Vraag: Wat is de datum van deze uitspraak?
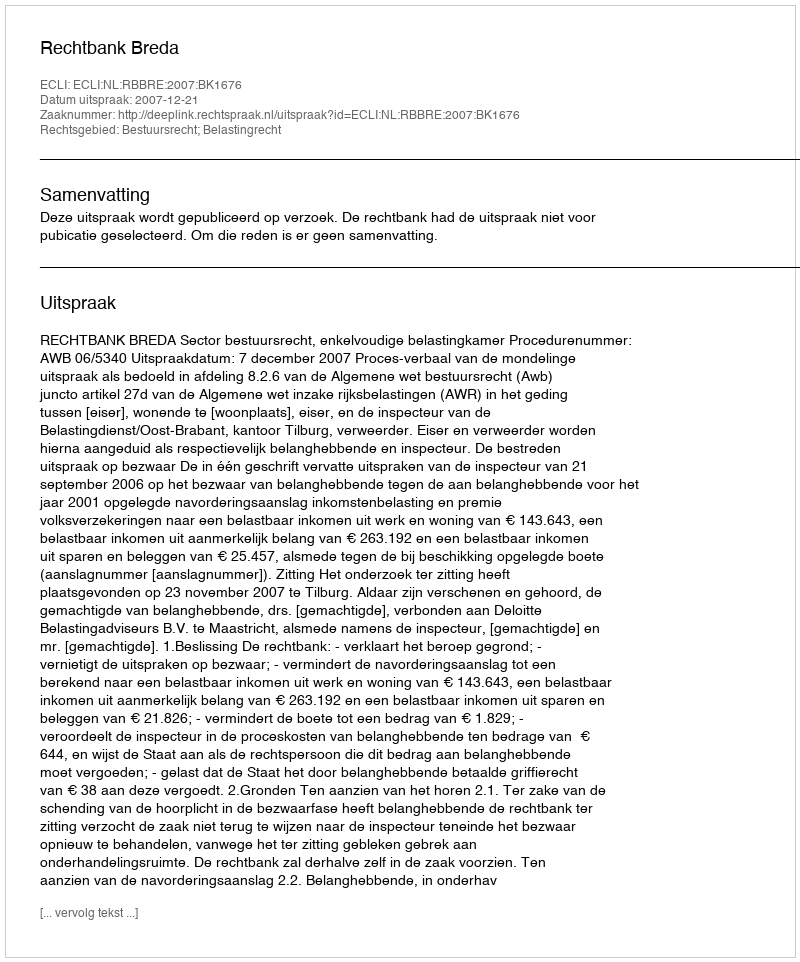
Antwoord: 2007-12-21